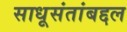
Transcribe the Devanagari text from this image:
साधूसंतांबद्दल